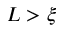
L > \xi